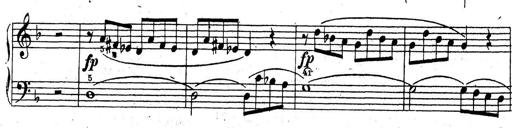
Title: 10 Sonatinas
Composer: Fritz Spindler